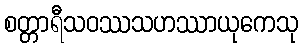
စတ္တာရီသဝဿသဟဿာယုကေသု